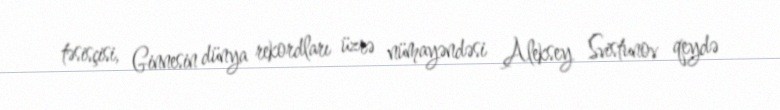
təsisçisi, Ginnesin dünya rekordları üzrə nümayəndəsi Aleksey Svistunov qeydə